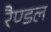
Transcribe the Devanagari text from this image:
रैण्डल